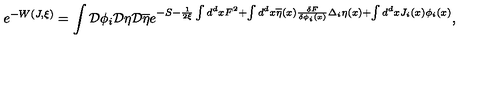
e ^ { - W ( J , \xi ) } = \int { \cal D } \phi _ { i } { \cal D } \eta { \cal D } \overline { { \eta } } e ^ { - S - \frac 1 { 2 \xi } \int d ^ { d } x F ^ { 2 } + \int d ^ { d } x \overline { { \eta } } ( x ) \frac { \delta F } { \delta \phi _ { i } ( x ) } \Delta _ { i } \eta ( x ) + \int d ^ { d } x J _ { i } ( x ) \phi _ { i } ( x ) } ,